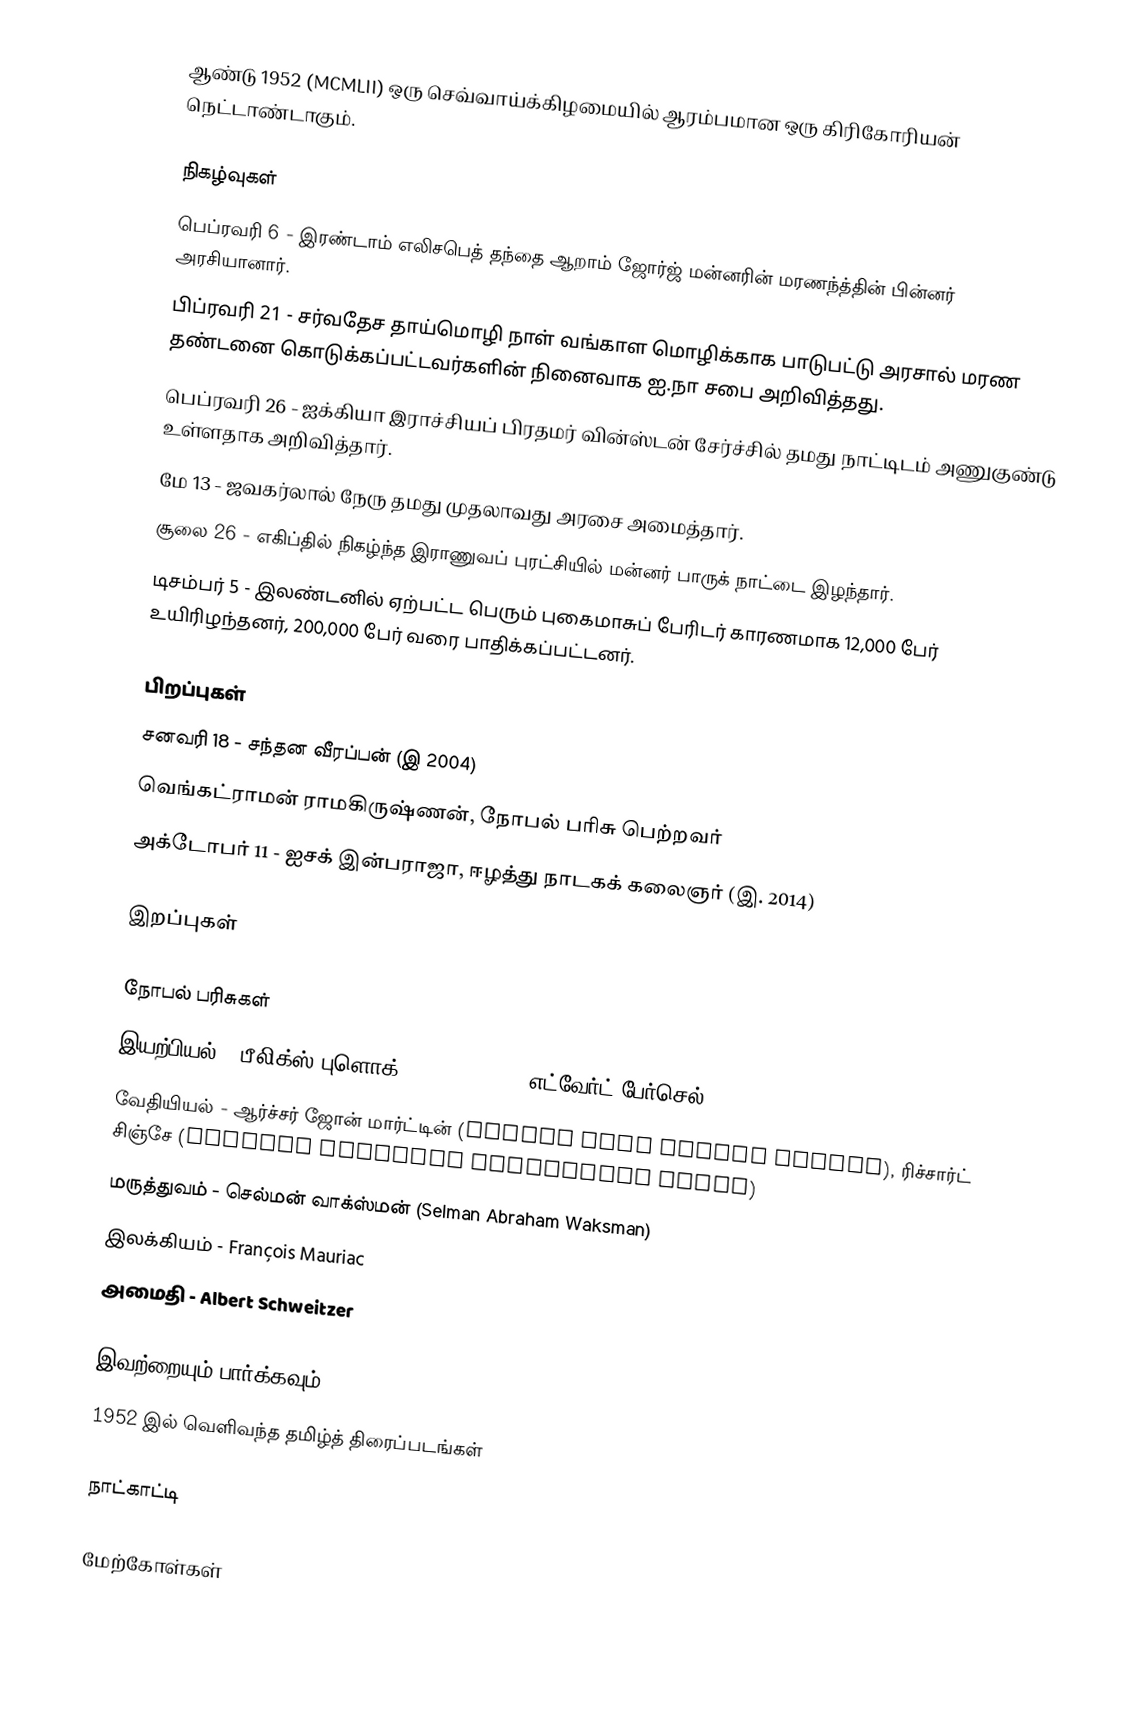
ஆண்டு 1952  (MCMLII) ஒரு செவ்வாய்க்கிழமையில் ஆரம்பமான ஒரு கிரிகோரியன் நெட்டாண்டாகும்.

நிகழ்வுகள்
 பெப்ரவரி 6 - இரண்டாம் எலிசபெத் தந்தை ஆறாம் ஜோர்ஜ் மன்னரின் மரணந்த்தின் பின்னர் அரசியானார்.
 பிப்ரவரி 21 - சர்வதேச தாய்மொழி நாள் வங்காள மொழிக்காக பாடுபட்டு அரசால் மரண தண்டனை கொடுக்கப்பட்டவர்களின் நினைவாக ஐ.நா சபை அறிவித்தது.
 பெப்ரவரி 26 - ஐக்கியா இராச்சியப் பிரதமர் வின்ஸ்டன் சேர்ச்சில் தமது நாட்டிடம் அணுகுண்டு உள்ளதாக அறிவித்தார்.
 மே 13 - ஜவகர்லால் நேரு தமது முதலாவது அரசை அமைத்தார்.
 சூலை 26 - எகிப்தில் நிகழ்ந்த இராணுவப் புரட்சியில் மன்னர் பாருக் நாட்டை இழந்தார்.
 டிசம்பர் 5 - இலண்டனில் ஏற்பட்ட பெரும் புகைமாசுப் பேரிடர் காரணமாக 12,000 பேர் உயிரிழந்தனர், 200,000 பேர் வரை பாதிக்கப்பட்டனர்.

பிறப்புகள்
 சனவரி 18 - சந்தன வீரப்பன் (இ 2004)
 வெங்கட்ராமன் ராமகிருஷ்ணன், நோபல் பரிசு பெற்றவர்
 அக்டோபர் 11 - ஐசக் இன்பராஜா, ஈழத்து நாடகக் கலைஞர் (இ. 2014)

இறப்புகள்

நோபல் பரிசுகள்
 இயற்பியல் - பீலிக்ஸ் புளொக் (Felix Bloch), எட்வேர்ட் பேர்செல் (Edward Mills Purcell)
 வேதியியல் - ஆர்ச்சர் ஜோன் மார்ட்டின் (Archer John Porter Martin), ரிச்சார்ட் சிஞ்சே (Richard Laurence Millington Synge)
 மருத்துவம் - செல்மன் வாக்ஸ்மன் (Selman Abraham Waksman)
 இலக்கியம் - François Mauriac
 அமைதி - Albert Schweitzer

இவற்றையும் பார்க்கவும்
 1952 இல் வெளிவந்த தமிழ்த் திரைப்படங்கள்

நாட்காட்டி

மேற்கோள்கள்